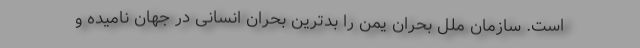
است. سازمان ملل بحران یمن را بدترین بحران انسانی در جهان نامیده و